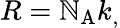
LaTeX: R=\mathbb{N}_{\mathrm{{{A}}}}k_{,}